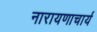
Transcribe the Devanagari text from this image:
नारायणाचार्य